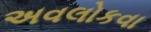
અવલોકવા